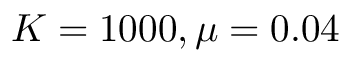
K = 1 0 0 0 , \mu = 0 . 0 4